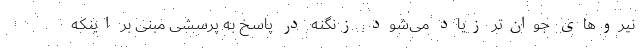
نیروهای جوان‌تر زیاد می‌شود. زنگنه در پاسخ به پرسشی مبنی بر اینکه